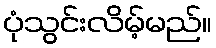
ပုံသွင်းလိမ့်မည်။